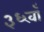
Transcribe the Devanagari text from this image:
३६वाँ